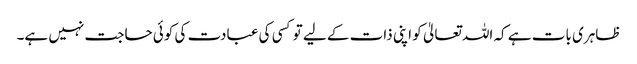
ظاہری بات ہے کہ اللہ تعالیٰ کو اپنی ذات کے لیے تو کسی کی عبادت کی کوئی حاجت نہیں ہے۔